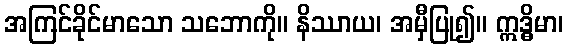
အကြင်ခိုင်မာသော သဘောကို။ နိဿာယ၊ အမှီပြု၍။ ဣဒ္ဓိမာ၊